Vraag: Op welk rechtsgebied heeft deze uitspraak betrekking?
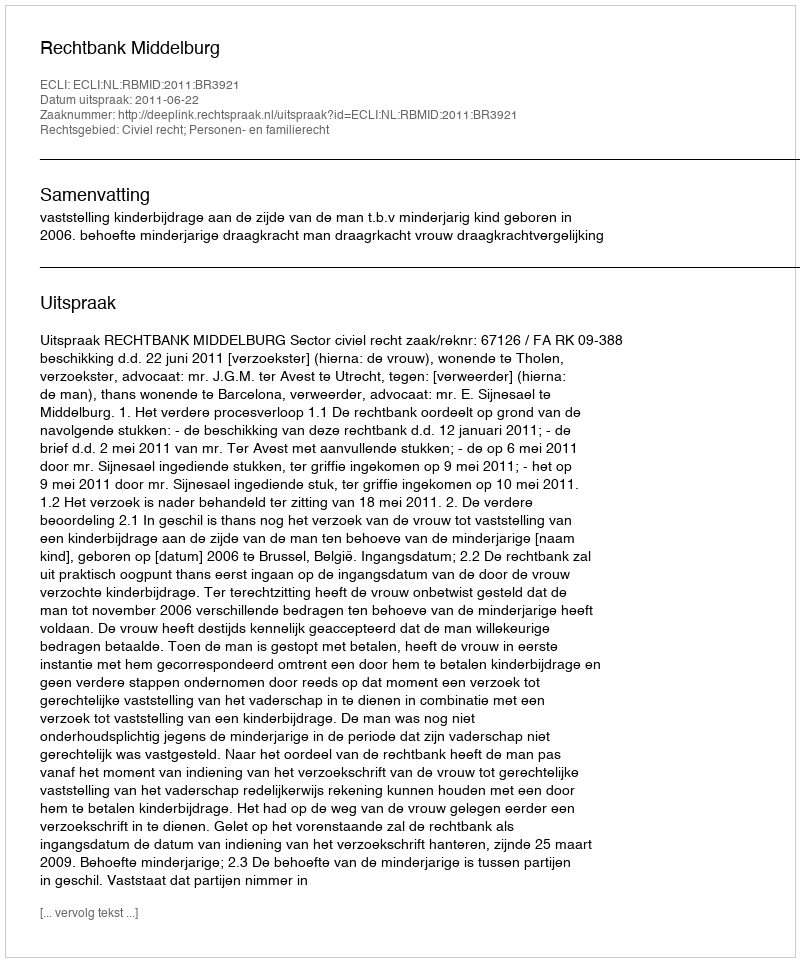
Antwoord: Civiel recht; Personen- en familierecht